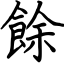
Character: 餘